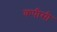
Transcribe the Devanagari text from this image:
कपीसी